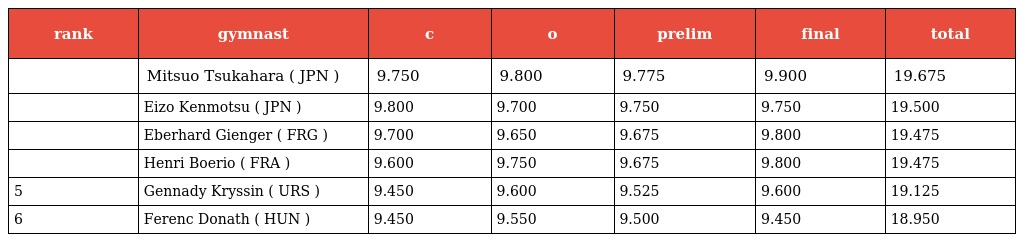
| rank | gymnast | c | o | prelim | final | total |
 | --- | --- | --- | --- | --- | --- | --- |
 |  | Mitsuo Tsukahara ( JPN ) | 9.750 | 9.800 | 9.775 | 9.900 | 19.675 |
 |  | Eizo Kenmotsu ( JPN ) | 9.800 | 9.700 | 9.750 | 9.750 | 19.500 |
 |  | Eberhard Gienger ( FRG ) | 9.700 | 9.650 | 9.675 | 9.800 | 19.475 |
 |  | Henri Boerio ( FRA ) | 9.600 | 9.750 | 9.675 | 9.800 | 19.475 |
 | 5 | Gennady Kryssin ( URS ) | 9.450 | 9.600 | 9.525 | 9.600 | 19.125 |
 | 6 | Ferenc Donath ( HUN ) | 9.450 | 9.550 | 9.500 | 9.450 | 18.950 |